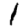
Digit: 1